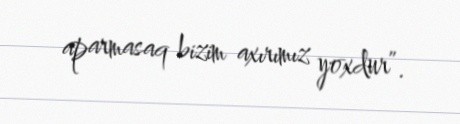
aparmasaq bizim axırımız yoxdur”.